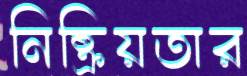
নিষ্ক্রিয়তার